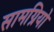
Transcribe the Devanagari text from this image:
सामग्रियो